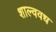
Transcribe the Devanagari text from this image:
शाल्ववध